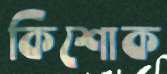
কিশোক